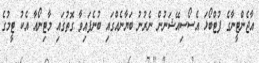
އާޖެންޓީނާގެ ފުޓްބޯޅަ އެސޯސިއޭޝަނުން ނެރުނު ބަޔާނެއްގައި ބުނެފައިވާ ގޮތުގައި މާޓިނޯއާ އެކު ޓީމުގެ